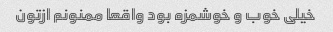
خیلی خوب و خوشمزه بود واقعا ممنونم ازتون